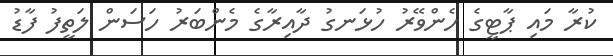
ކުރާ މައި ޕާޓީގެ ހެންވޭރު ހުޅަނގު ދާއިރާގެ މެންބަރު ހަސަން ލަތީފު ފާޑު